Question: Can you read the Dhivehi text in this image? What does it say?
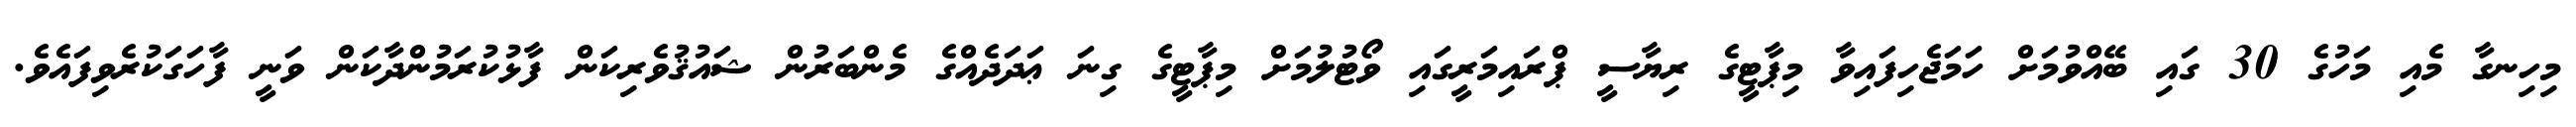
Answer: މިހިނގާ މެއި މަހުގެ 30 ގައި ބޭއްވުމަށް ހަމަޖެހިފައިވާ މިޕާޓީގެ ރިޔާސީ ޕްރައިމަރީގައި ވޯޓުލުމަށް މިޕާޓީގެ ގިނަ ޢަދަދެއްގެ މެންބަރުން ޝައުޤުވެރިކަން ފާޅުކުރަމުންދާކަން ވަނީ ފާހަގަކުރެވިފައެވެ.